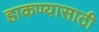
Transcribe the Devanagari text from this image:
हाकण्यासाठी